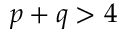
p + q > 4